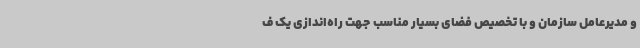
و مدیرعامل سازمان و با تخصیص فضای بسیار مناسب جهت راه‌اندازی یک ف